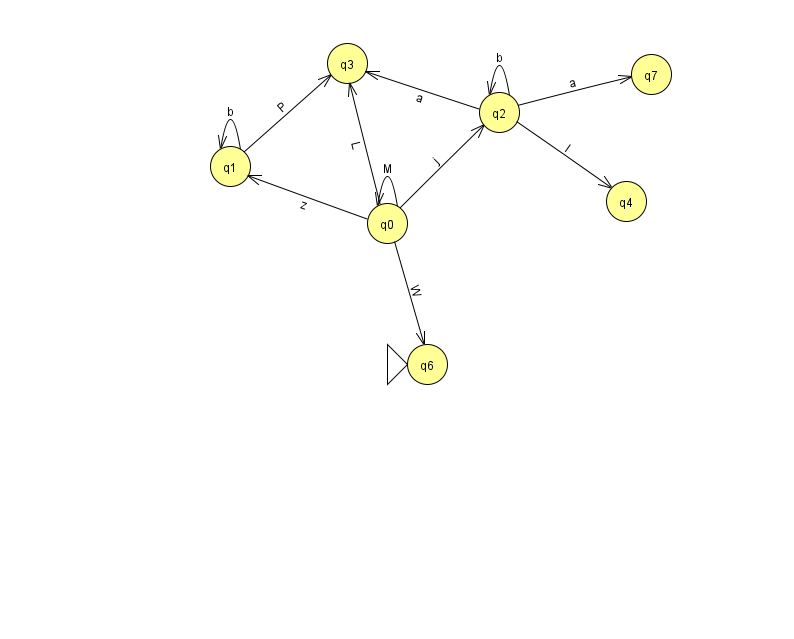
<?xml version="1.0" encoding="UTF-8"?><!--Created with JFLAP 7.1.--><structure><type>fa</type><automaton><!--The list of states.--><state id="0" name="q0"><x>387.0</x><y>210.0</y></state><state id="1" name="q1"><x>230.0</x><y>153.0</y></state><state id="2" name="q2"><x>499.0</x><y>99.0</y></state><state id="3" name="q3"><x>347.0</x><y>50.0</y></state><state id="4" name="q4"><x>626.0</x><y>188.0</y></state><state id="6" name="q6"><x>427.0</x><y>351.0</y><initial/></state><state id="7" name="q7"><x>651.0</x><y>61.0</y></state><!--The list of transitions.--><transition><from>0</from><to>1</to><read>z</read></transition><transition><from>1</from><to>1</to><read>b</read></transition><transition><from>1</from><to>3</to><read>P</read></transition><transition><from>2</from><to>2</to><read>b</read></transition><transition><from>0</from><to>3</to><read>L</read></transition><transition><from>2</from><to>4</to><read>I</read></transition><transition><from>2</from><to>7</to><read>a</read></transition><transition><from>0</from><to>6</to><read>W</read></transition><transition><from>0</from><to>0</to><read>M</read></transition><transition><from>2</from><to>3</to><read>a</read></transition><transition><from>0</from><to>2</to><read>j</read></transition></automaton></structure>